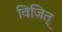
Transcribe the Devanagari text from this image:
विज़ित्